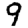
Digit: 9